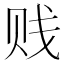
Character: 贱